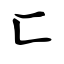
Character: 匚